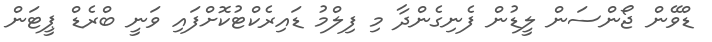
ޑްވޭން ޖޯންސަން ލީޑުން ފެނިގެންދާ މި ފިލްމު ޑައިރެކްޓުކޮށްފައި ވަނީ ބްރެޑް ޕީޓަން